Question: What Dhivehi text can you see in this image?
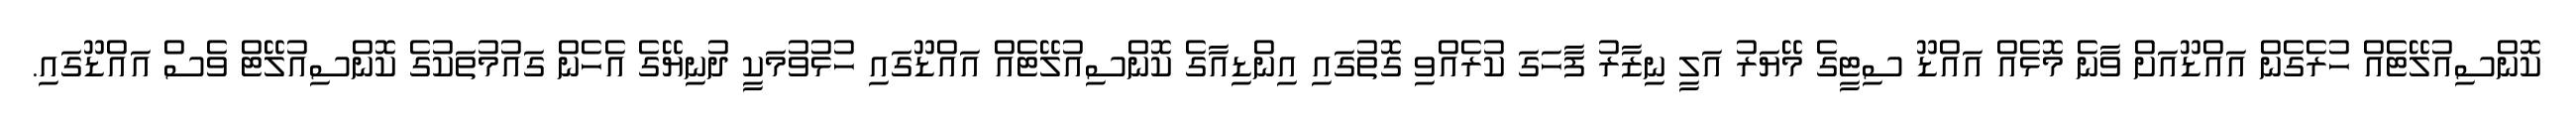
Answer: ކޮންސިއުލޭޓެއް ހުރެގެން އައްޑޫއަށް ވާނެ މޮޅެއް އައްޑޫ ސިޓީގެ މޭޔަރު އަލީ ނިޒާރު ފާހަގަ ކުރެއްވި ގޮތުގައި އިންޑިއާގެ ކޮންސިއުލޭޓެއް އައްޑޫގައި ހުޅުވުމަކީ ދުނިޔޭގެ އެހެން ގައުމުތަކުގެ ކޮންސިއުލޭޓް ވެސް އައްޑޫގައި.